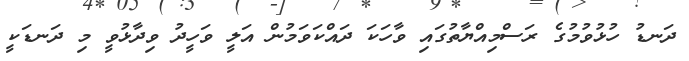
ދަނޑު ހުޅުވުމުގެ ރަސްމިއްޔާތުގައި ވާހަކަ ދައްކަވަމުން އަލީ ވަހީދު ވިދާޅުވީ މި ދަނޑަކީ